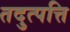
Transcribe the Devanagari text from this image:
तदुत्पत्ति